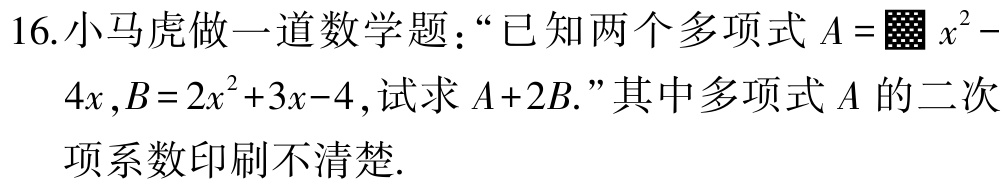
16.小马虎做一道数学题：“已知两个多项式\(A = \blacksquare x^{2}-4x,B = 2x^{2}+3x - 4\),试求\(A + 2B\).”其中多项式\(A\)的二次项系数印刷不清楚.